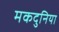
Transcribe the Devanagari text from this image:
मकदुनिया